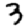
Digit: 3